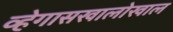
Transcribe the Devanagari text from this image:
व्हेगासखालोखाल